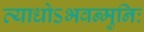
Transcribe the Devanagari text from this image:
व्याधोऽभवन्मुनिः